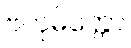
ဗဟုမိတ္တော